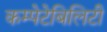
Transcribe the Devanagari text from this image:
कम्पेटेबिलिटी